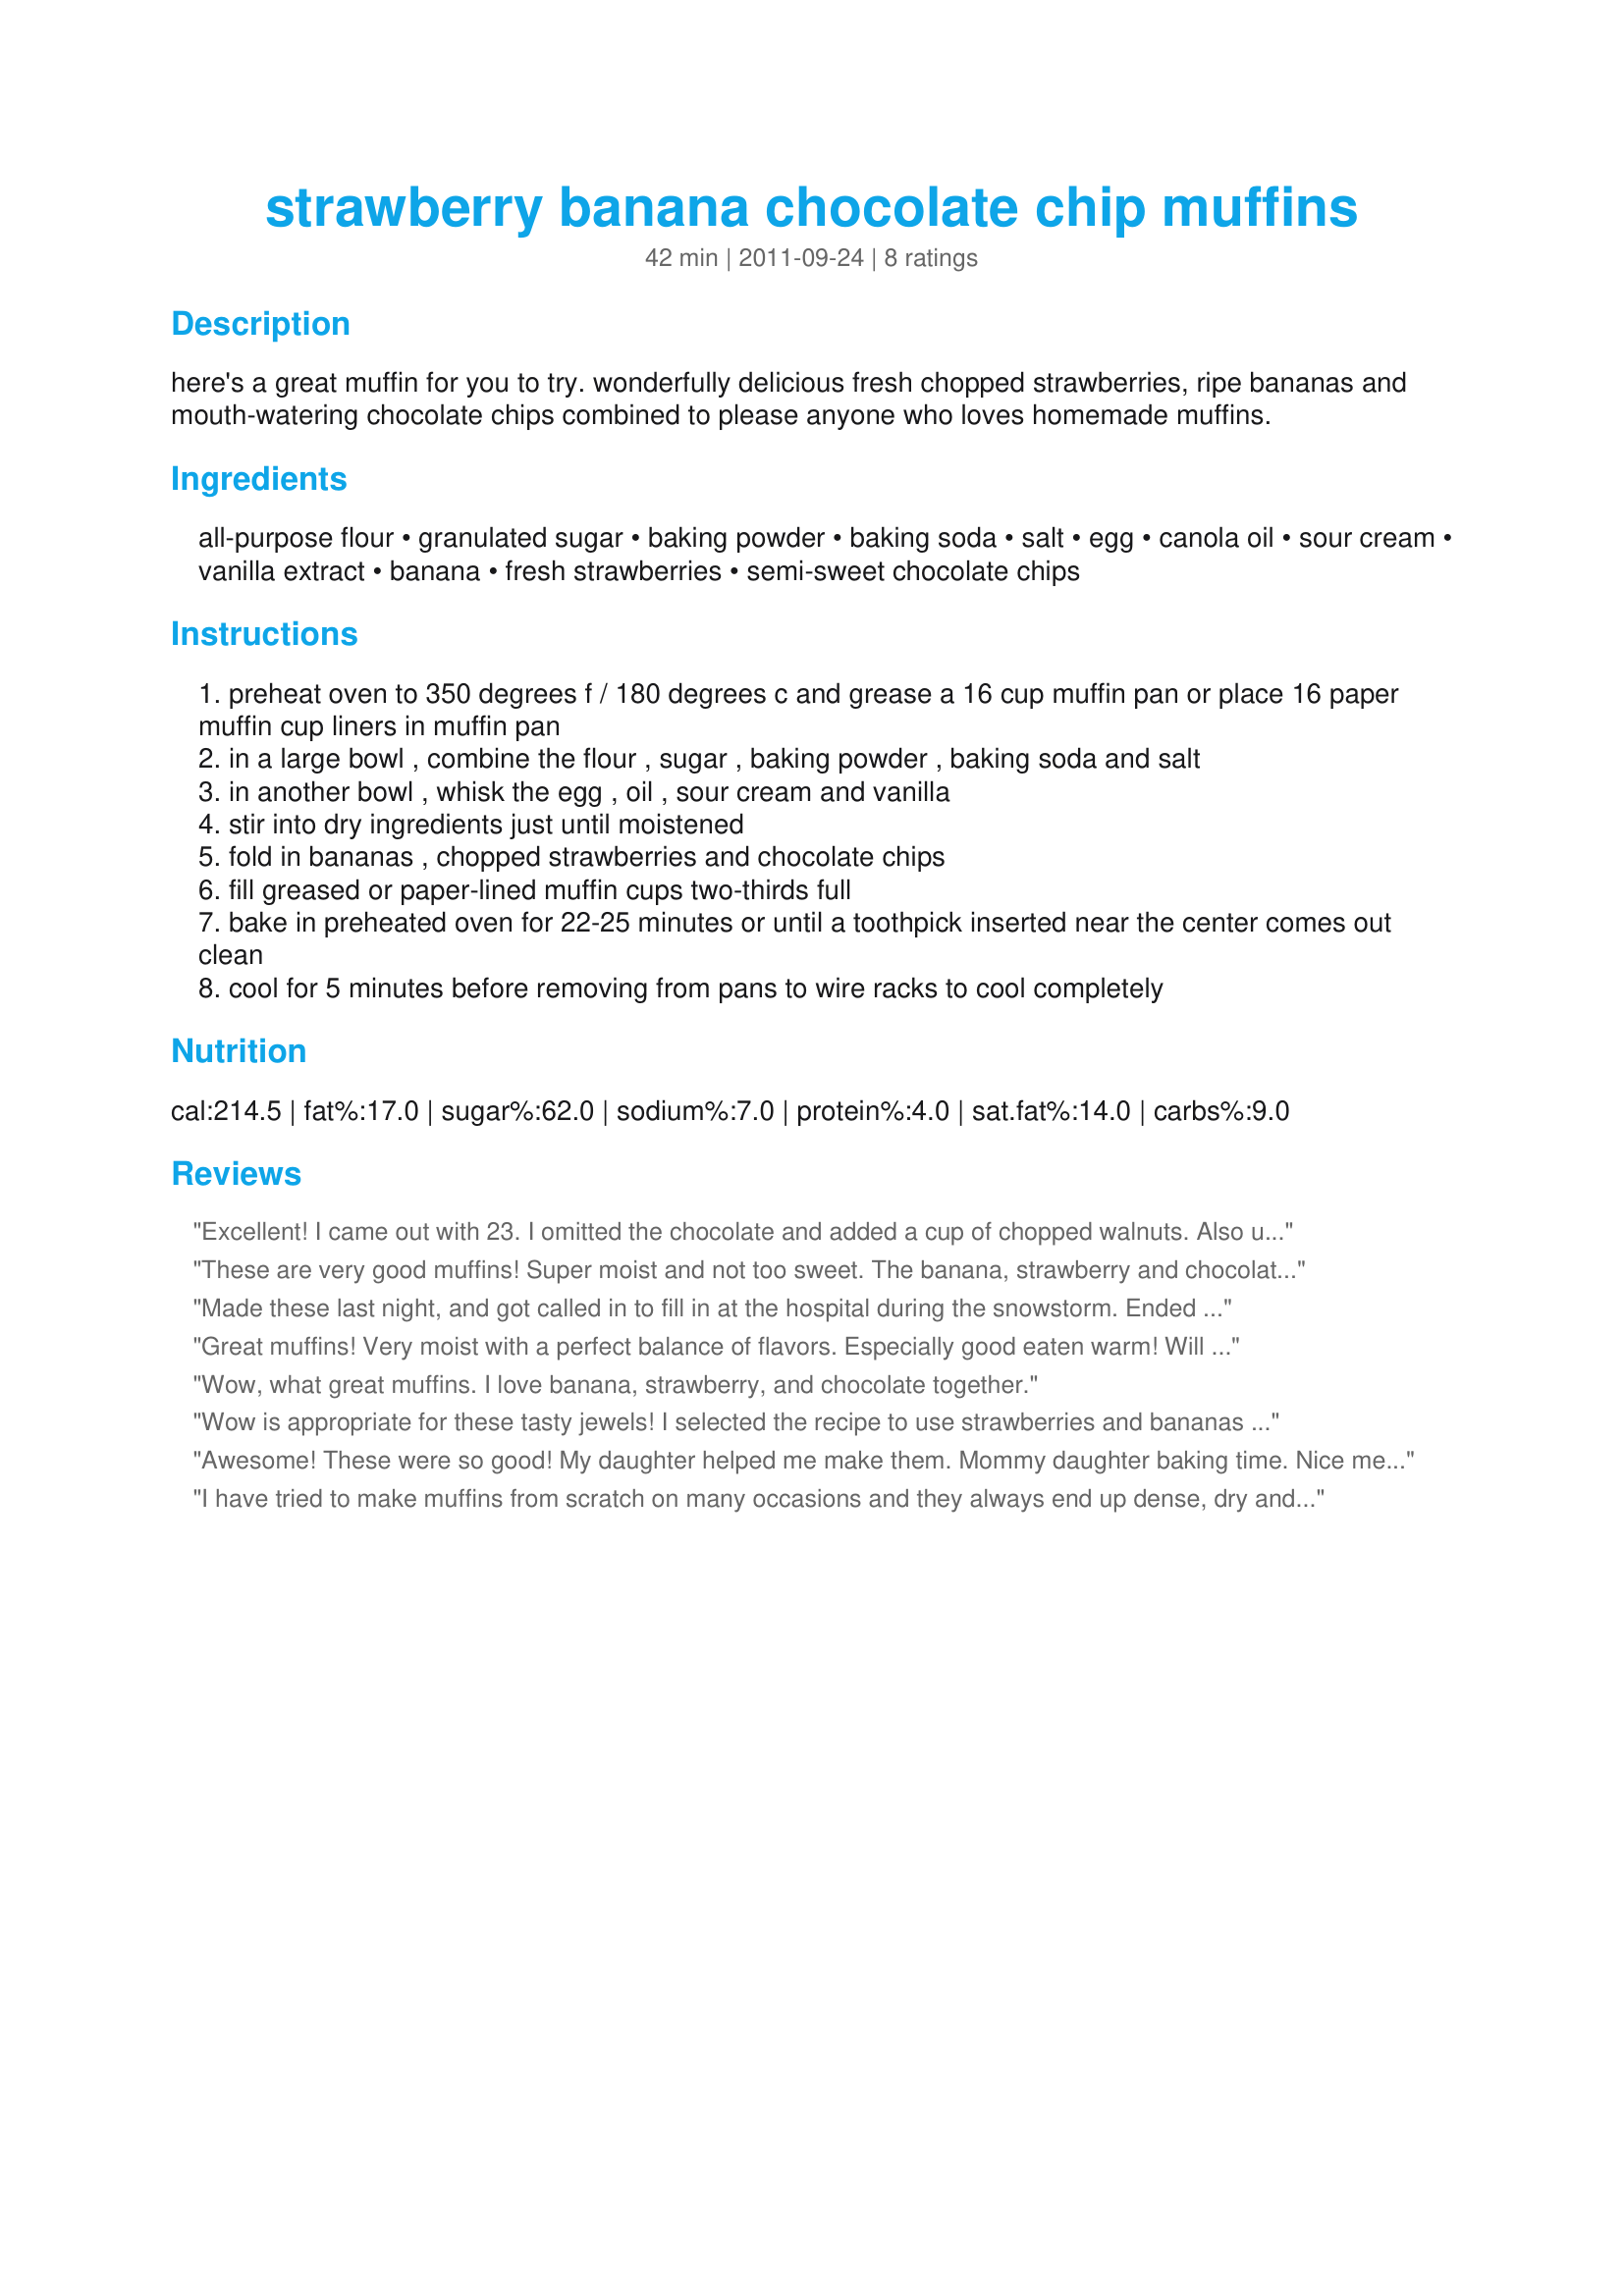
strawberry banana chocolate chip muffins
Preparation time: 42 minutes

here's a great muffin for you to try. wonderfully delicious fresh chopped strawberries, ripe bananas and mouth-watering chocolate chips combined to please anyone who loves homemade muffins.

Ingredients:
all-purpose flour, granulated sugar, baking powder, baking soda, salt, egg, canola oil, sour cream, vanilla extract, banana, fresh strawberries, semi-sweet chocolate chips

Steps:
preheat oven to 350 degrees f / 180 degrees c and grease a 16 cup muffin pan or place 16 paper muffin cup liners in muffin pan
in a large bowl , combine the flour , sugar , baking powder , baking soda and salt
in another bowl , whisk the egg , oil , sour cream and vanilla
stir into dry ingredients just until moistened
fold in bananas , chopped strawberries and chocolate chips
fill greased or paper-lined muffin cups two-thirds full
bake in preheated oven for 22-25 minutes or until a toothpick inserted near the center comes out clean
cool for 5 minutes before removing from pans to wire racks to cool completely

Reviews:
Excellent! I came out with 23. I omitted the chocolate and added a cup of chopped walnuts. Also used whole wheat flour, Greek yogurt, raw sugar & olive oil as substitutes to try to be a little healthy. ;) I think I'll have to make another batch tomorrow since we are down to only 6!
These are very good muffins! Super moist and not too sweet. The banana, strawberry and chocolate go well together; kinda like a banana split muffin! Made for PRMR.
Made these last night, and got called in to fill in at the hospital during the snowstorm. Ended up with 2 dozen, I made these using vegetable oil, and plain yogurt. Between 6 of us, we finished them all. Ended up very moist, and very flavorful. The chocolate, banana, and strawberries worked ott well and made for a very nice combo. Made`for PRMR tag.
Great muffins! Very moist with a perfect balance of flavors. Especially good eaten warm! Will make again.
Wow, what great muffins. I love banana, strawberry, and chocolate together.
Wow is appropriate for these tasty jewels! I selected the recipe to use strawberries and bananas needing a home and count myself lucky to have found this recipe. I made as directed except for substituting vanilla chips which is what I had on hand. I can&#039;t imagine the chocolate being any better. The star of the muffins though is the fruit. Each bite is loaded with tasty fruit, moist, and not overly sweet. Thank you for sharing this keeper of a recipe!
Awesome! These were so good! My daughter helped me make them. Mommy daughter baking time. Nice memories! Made exactly as stated. Will definitely be making them again. Forgot to add that instead on 1/2 cup oil, i did 1/4 apple sauce 1/4 veg oil. I aslo used light sour cream. Gor 12 regular muffins and 8 mini ones
I have tried to make muffins from scratch on many occasions and they always end up dense, dry and basically inedible. The kids won&#039;t touch them. I made this recipe for a bunch of 13 year old girls for a sleepover breakfast and they loved them. They each had 3 or 4. I only ended up with one leftover. I don&#039;t normally like chocolate chips in my muffins, but they complimented this recipe really well. It&#039;s not so much that you didn&#039;t notice them, but they weren&#039;t overpowering. I will definitely make this recipe again. The only substitute I made was to use greek yogurt instead of regular yogurt.
